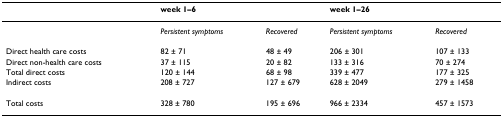
<table><thead><tr><td></td><td colspan="2"><b>week 1–6</b></td><td colspan="2"><b>week 1–26</b></td></tr></thead><tbody><tr><td></td><td><i>Persistent symptoms</i></td><td><i>Recovered</i></td><td><i>Persistent symptoms</i></td><td><i>Recovered</i></td></tr><tr><td>Direct health care costs</td><td>82 ± 71</td><td>48 ± 49</td><td>206 ± 301</td><td>107 ± 133</td></tr><tr><td>Direct non-health care costs</td><td>37 ± 115</td><td>20 ± 82</td><td>133 ± 316</td><td>70 ± 274</td></tr><tr><td>Total direct costs</td><td>120 ± 144</td><td>68 ± 98</td><td>339 ± 477</td><td>177 ± 325</td></tr><tr><td>Indirect costs</td><td>208 ± 727</td><td>127 ± 679</td><td>628 ± 2049</td><td>279 ± 1458</td></tr><tr><td>Total costs</td><td>328 ± 780</td><td>195 ± 696</td><td>966 ± 2334</td><td>457 ± 1573</td></tr></tbody></table>